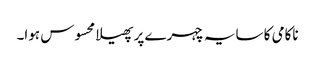
ناکامی کا سایہ چہرے پر پھیلا محسوس ہوا۔